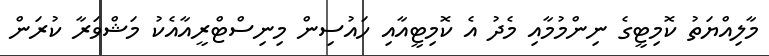
މާލިއްޔަތު ކޮމިޓީގެ ނިންމުމާއި މެދު އެ ކޮމިޓީއާއި ހައުސިން މިނިސްޓްރީއާއެކު މަޝްވަރާ ކުރަން